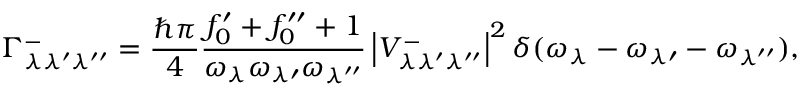
\Gamma _ { \lambda \lambda ^ { \prime } \lambda ^ { \prime \prime } } ^ { - } = \frac { \hbar \pi } { 4 } \frac { f _ { 0 } ^ { \prime } + f _ { 0 } ^ { \prime \prime } + 1 } { \omega _ { \lambda } \omega _ { \lambda \prime } \omega _ { \lambda ^ { \prime \prime } } } \left| V _ { \lambda \lambda ^ { \prime } \lambda ^ { \prime \prime } } ^ { - } \right| ^ { 2 } \delta ( \omega _ { \lambda } - \omega _ { \lambda \prime } - \omega _ { \lambda ^ { \prime \prime } } ) ,